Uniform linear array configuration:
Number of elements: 24
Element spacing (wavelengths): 1
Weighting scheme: hamming
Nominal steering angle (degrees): -30
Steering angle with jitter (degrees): -28.784
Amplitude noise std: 0.05
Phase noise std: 0.05

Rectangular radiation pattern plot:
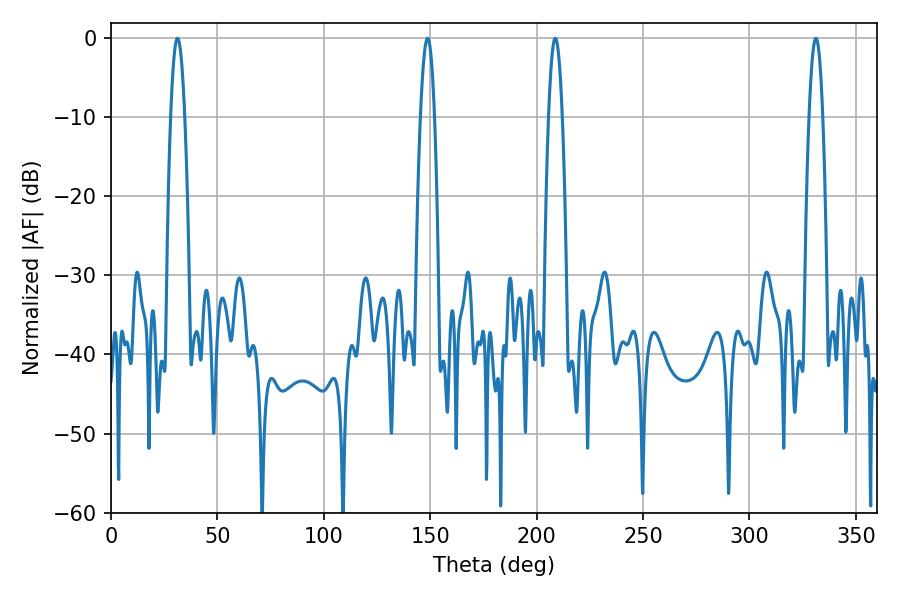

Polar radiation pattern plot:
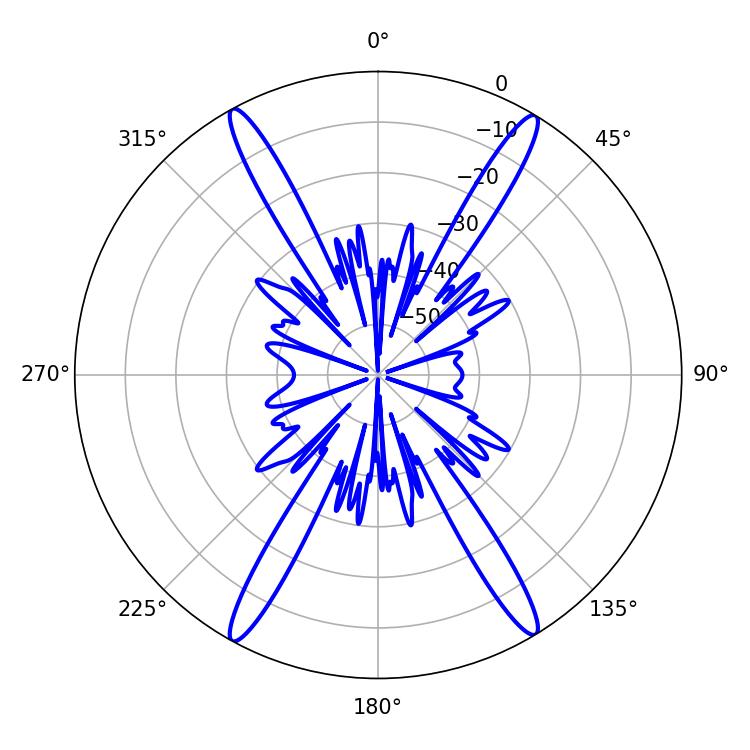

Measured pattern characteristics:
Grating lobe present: TRUE
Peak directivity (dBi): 24.645
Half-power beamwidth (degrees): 3.6
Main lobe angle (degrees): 208.8